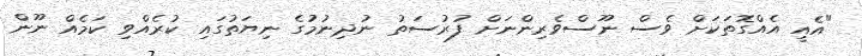
"އެއީ އެއްގޮތަކަށް ވެސް ނޫސްވެރިންނަށް ފުރުސަތު ނުދިނުމުގެ ނިޔަތުގައި ކުރެއްވި ކަމެއް ނޫން